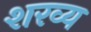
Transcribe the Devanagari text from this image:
शरव्य